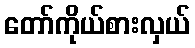
တော်ကိုယ်စားလှယ်